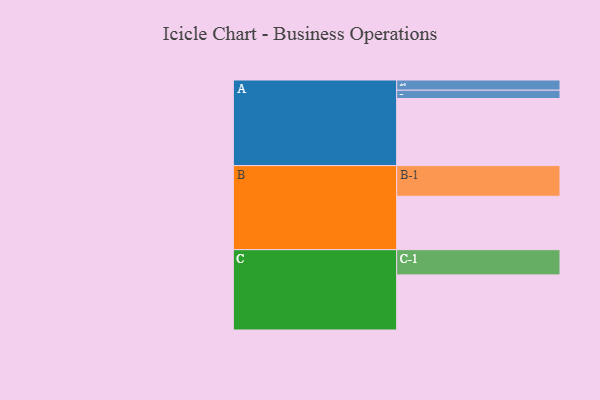
{"axis": {"x": "Segment", "y": "Value"}, "legend": ["", "A", "B", "C"], "data": [{"x": "A", "y": 598, "type": ""}, {"x": "B", "y": 476, "type": ""}, {"x": "C", "y": 491, "type": ""}, {"x": "A-1", "y": 91, "type": "A"}, {"x": "A-2", "y": 74, "type": "A"}, {"x": "B-1", "y": 273, "type": "B"}, {"x": "C-1", "y": 225, "type": "C"}]}